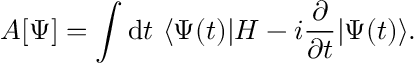
A [ \Psi ] = \int \mathrm { d } t \ \langle \Psi ( t ) | H - i { \frac { \partial } { \partial t } } | \Psi ( t ) \rangle .